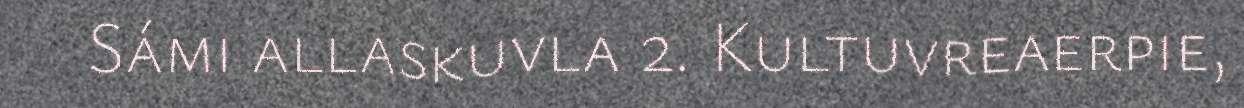
Sámi allaskuvla 2. Kultuvreaerpie,